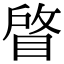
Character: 䁈